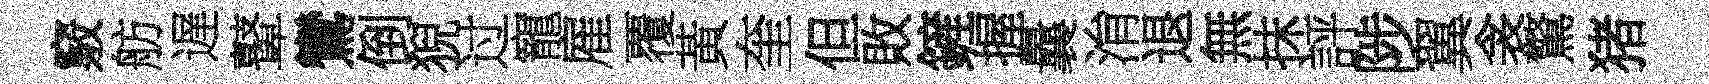
竅舫遅鼙鸞倒猊过寵雇覆黃奎但敗鏟握曩㳙退無抹評陟翼衾驚猪